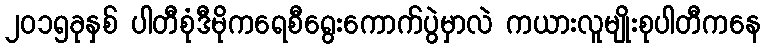
၂၀၁၅ခုနှစ် ပါတီစုံဒီမိုကရေစီရွေးကောက်ပွဲမှာလဲ ကယားလူမျိုးစုပါတီကနေ